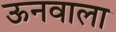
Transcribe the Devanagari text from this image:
ऊनवाला